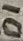
Text: D1